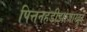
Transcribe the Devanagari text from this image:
पित्तनहेडीझोजाखुर्द